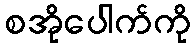
စအိုပေါက်ကို